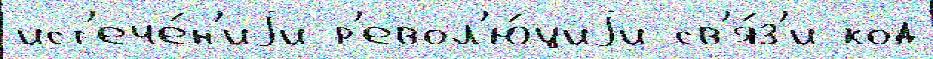
ист'ече́н'иjи р'евол'ю́циjи св'я́з'и код